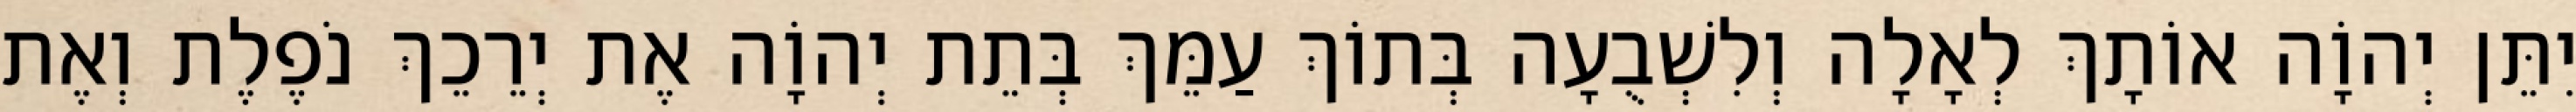
יִתֵּן יְהוָֹה אוֹתָךְ לְאָלָה וְלִשְׁבֻעָה בְּתוֹךְ עַמֵּךְ בְּתֵת יְהוָֹה אֶת יְרֵכֵךְ נֹפֶלֶת וְאֶת